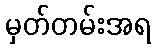
မှတ်တမ်းအရ